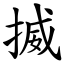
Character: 揻